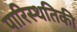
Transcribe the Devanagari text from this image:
पारिस्थतिकी